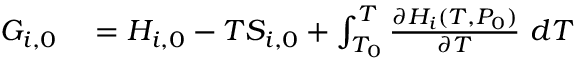
\begin{array} { r l } { G _ { i , 0 } } & { { } = H _ { i , 0 } - T S _ { i , 0 } + \int _ { T _ { 0 } } ^ { T } \frac { \partial H _ { i } ( T , P _ { 0 } ) } { \partial T } ~ d T } \end{array}